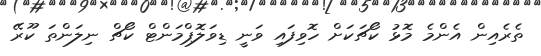
ތެރެއިން އެންމެ މޮޅު ކޯޗަކަށް ހޮވިފައި ވަނީ ޑިވަލޮޕްމަންޓް ކޯޗް ނިލަންތަ ކޫރޭ